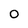
Character: 0